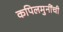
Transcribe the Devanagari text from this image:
कपिलमुनींची